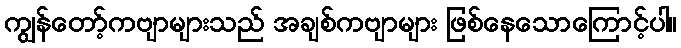
ကျွန်တော့်ကဗျာများသည် အချစ်ကဗျာများ ဖြစ်နေသောကြောင့်ပါ။